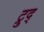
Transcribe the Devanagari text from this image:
ट्रुद्